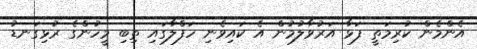
އެންމެން ކުރިމަތީ ފަޅާ އަރުވާލުމުން އެ ކައިވެނި ހަފްލާގައި ތިބި މީހުންގެ ރުޅިގަނޑު